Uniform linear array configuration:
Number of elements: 24
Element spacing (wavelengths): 0.5
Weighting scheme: hann
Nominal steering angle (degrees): -60
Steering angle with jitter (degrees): -60.352
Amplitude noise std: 0.05
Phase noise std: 0.05

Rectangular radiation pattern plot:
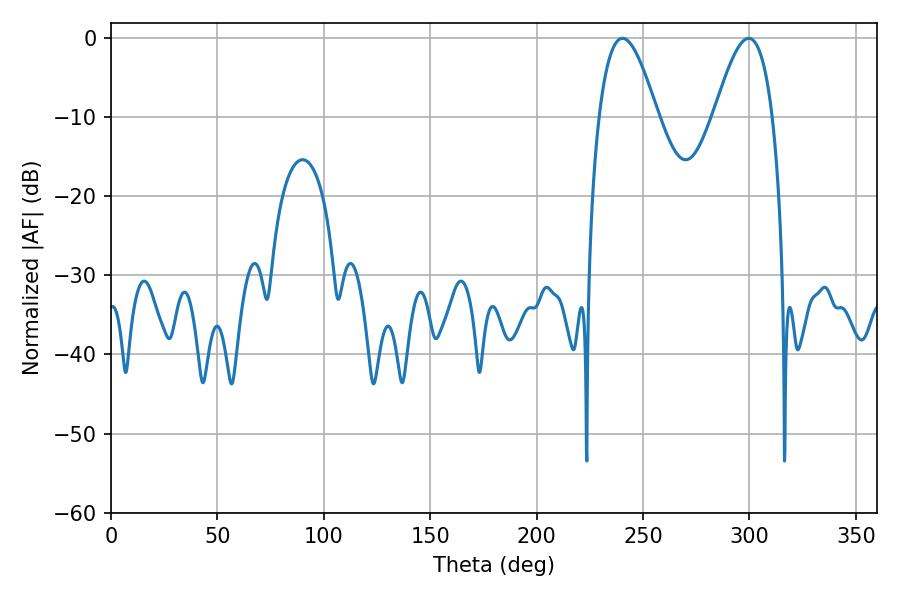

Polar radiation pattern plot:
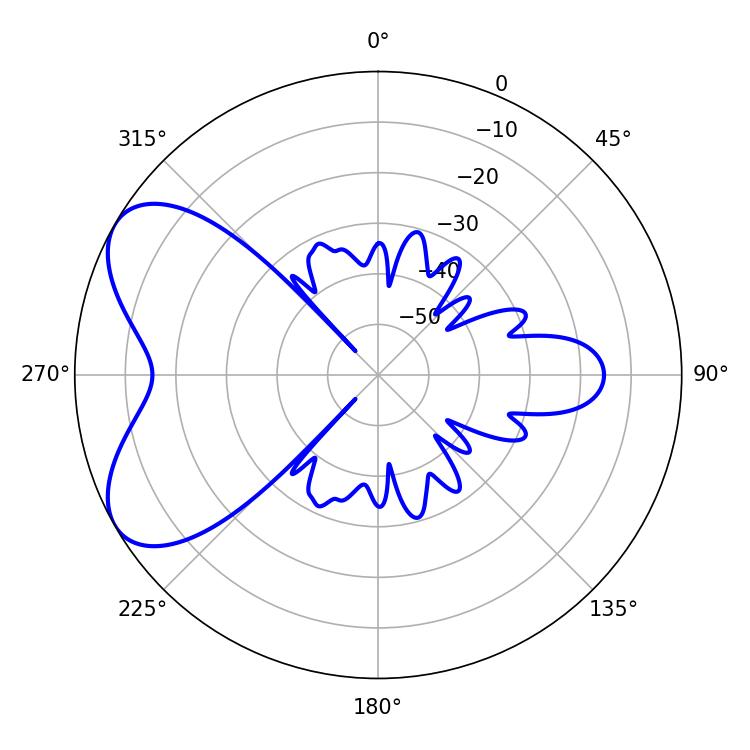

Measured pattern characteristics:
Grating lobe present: FALSE
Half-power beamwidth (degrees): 14.76
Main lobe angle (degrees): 240.3